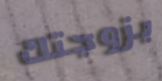
بزوجتك